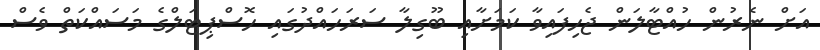
އަށް ނެރުން ހުއްޓާލަން ޖެހިފައިވާ ކަމަށާއި ބޫގިލާ ސަރަހައްދުގައި ހޮސްޕިޓަލްގެ މަސައްކަތް ވެސް